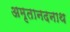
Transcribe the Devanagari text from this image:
अमृतानदनाथ